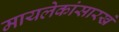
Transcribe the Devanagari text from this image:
मायलेकांसारखे